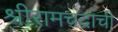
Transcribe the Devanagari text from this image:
श्रीरामचंद्रांची